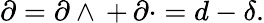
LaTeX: \partial=\partial\wedge\, +\, \partial\cdot=d-\delta.